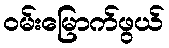
ဝမ်းမြောက်ဖွယ်